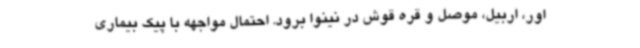
اور، اربیل، موصل و قره قوش در نینوا برود. احتمال مواجهه با پیک بیماری